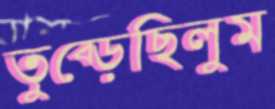
তুব্‌ড়েছিলুম